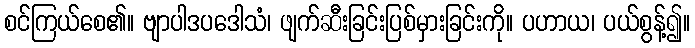
စင်ကြယ်စေ၏။ ဗျာပါဒပဒေါသံ၊ ဖျက်ဆီးခြင်းပြစ်မှားခြင်းကို။ ပဟာယ၊ ပယ်စွန့်၍။